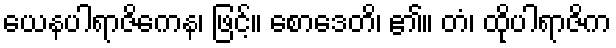
ယေနပါရာဇိကေန၊ ဖြင့်။ စောဒေတိ၊ ၏။ တံ၊ ထိုပါရာဇိက